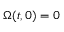
\Omega ( t , 0 ) = 0